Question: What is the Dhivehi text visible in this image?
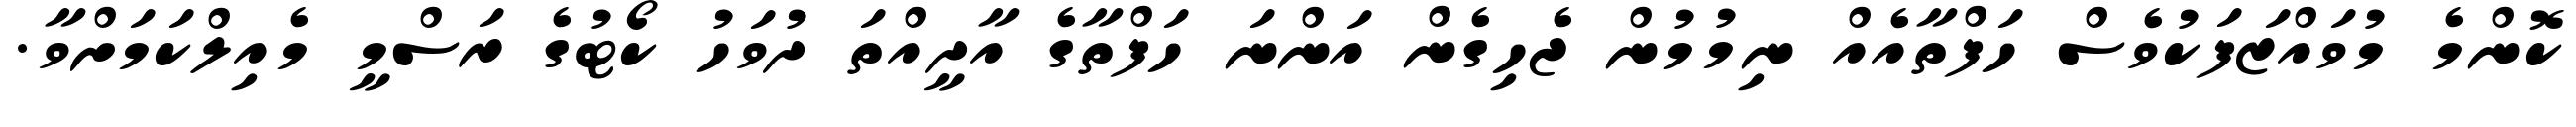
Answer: ކޮންމެ މުވައްޒަފަކުވެސް ހަފްތާއެއް ނިމުމުން ޖެހިގެން އަންނަ ހަފްތާގެ އާދީއްތަ ދުވަހު ކޯޓުގެ ރަސްމީ މެއިލްކަމަށްވާ.